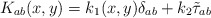
\begin{align*}K_{ab}(x,y) = k_{1}(x,y) \delta_{ab} + k_{2}{\tilde{\tau}}_{ab}\end{align*}